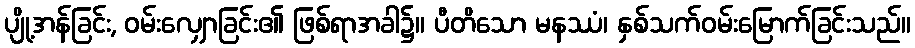
ပျို့အန်ခြင်း, ဝမ်းလျှောခြင်း၏ ဖြစ်ရာအခါ၌။ ပီတိသော မနဿံ၊ နှစ်သက်ဝမ်းမြောက်ခြင်းသည်။